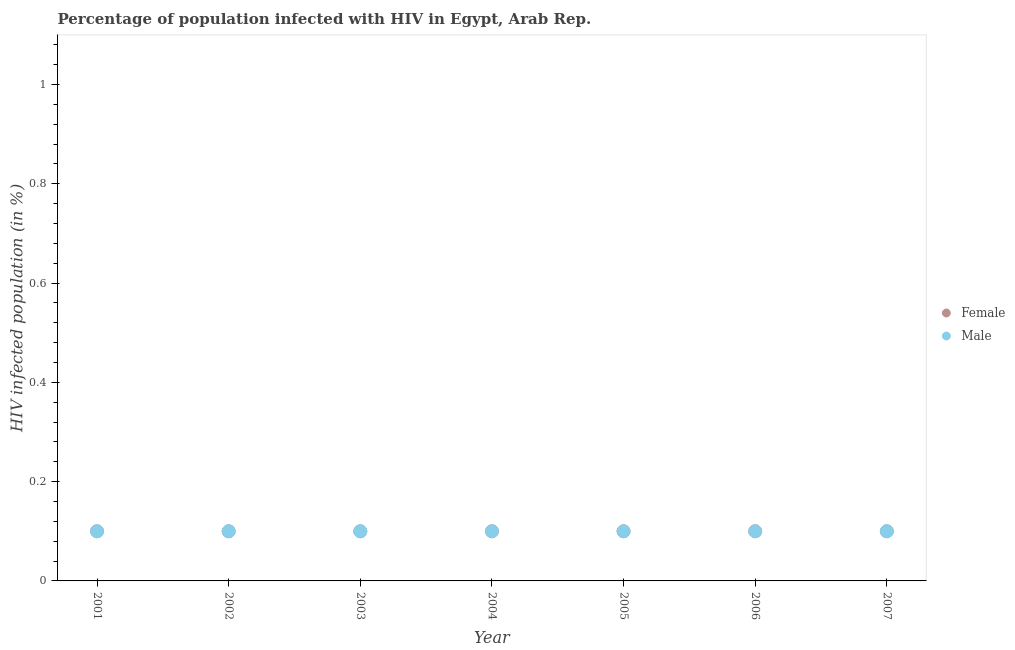
| Year | Female | Male |
 | --- | --- | --- |
 | 2001 | 0.1 | 0.1 |
 | 2002 | 0.1 | 0.1 |
 | 2003 | 0.1 | 0.1 |
 | 2004 | 0.1 | 0.1 |
 | 2005 | 0.1 | 0.1 |
 | 2006 | 0.1 | 0.1 |
 | 2007 | 0.1 | 0.1 |